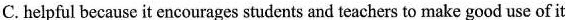
C.helpful because it encourages students and teachers to make good use of it